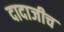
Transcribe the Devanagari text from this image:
दादाजीच